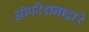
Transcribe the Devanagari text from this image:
ऑपरेशनाद्वारे